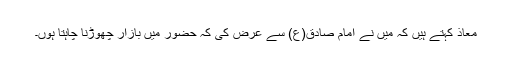
معاذ کہتے ہیں کہ میں نے امام صادق(ع) سے عرض کی کہ حضور میں بازار چھوڑنا چاہتا ہوں۔